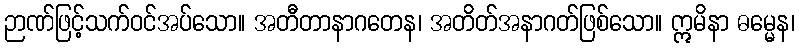
ဉာဏ်ဖြင့်သက်ဝင်အပ်သော။ အတီတာနာဂတေန၊ အတိတ်အနာဂတ်ဖြစ်သော။ ဣမိနာ ဓမ္မေန၊